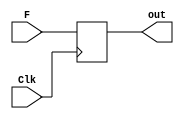
module new_DFF (Clk, F, out);
parameter size = 4;
  input [size-1:0] F;
  input Clk;
  output reg[size-1:0] out;
  
  always @(posedge Clk)
    begin
      out = F;
    end
	 
endmodule